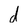
Character: d